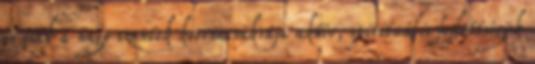
és csak a nagy szentek koronacsakrája aktív, spirituális fejlettségük